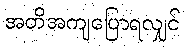
အတိအကျပြောရလျှင်